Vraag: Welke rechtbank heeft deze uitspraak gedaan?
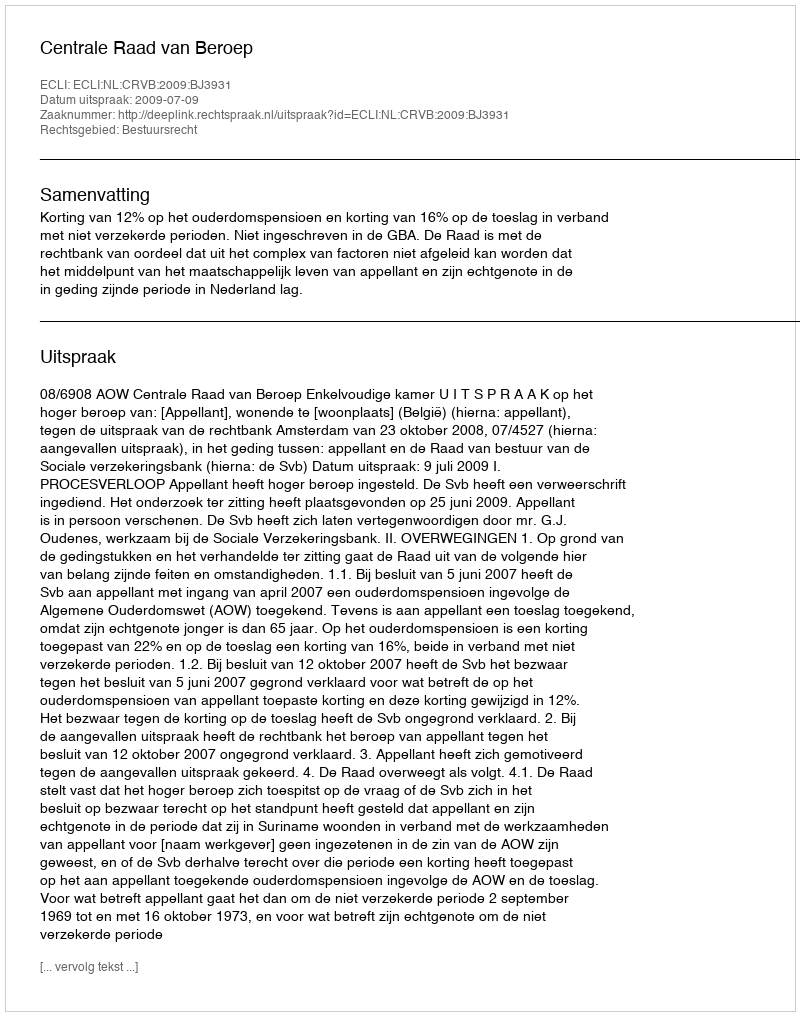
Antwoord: Centrale Raad van Beroep